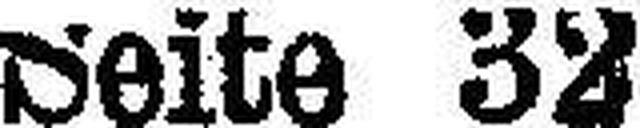
Seite 32